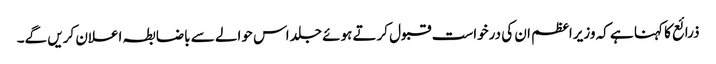
ذرائع کا کہنا ہے کہ وزیراعظم ان کی درخواست قبول کرتے ہوئے جلد اس حوالے سے باضابطہ اعلان کریں گے۔